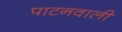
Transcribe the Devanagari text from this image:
पाटनवाली